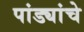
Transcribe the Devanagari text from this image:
पांड्यांचे